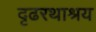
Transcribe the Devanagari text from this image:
दृढरथाश्रय